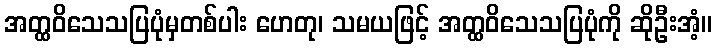
အတ္ထဝိသေသပြပုံမှတစ်ပါး ဟေတု၊ သမယဖြင့် အတ္ထဝိသေသပြပုံကို ဆိုဦးအံ့။